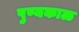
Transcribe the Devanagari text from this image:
पुण्यकाळ